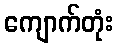
ကျောက်တုံး